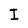
Character: I